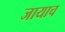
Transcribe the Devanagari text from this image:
जायाच